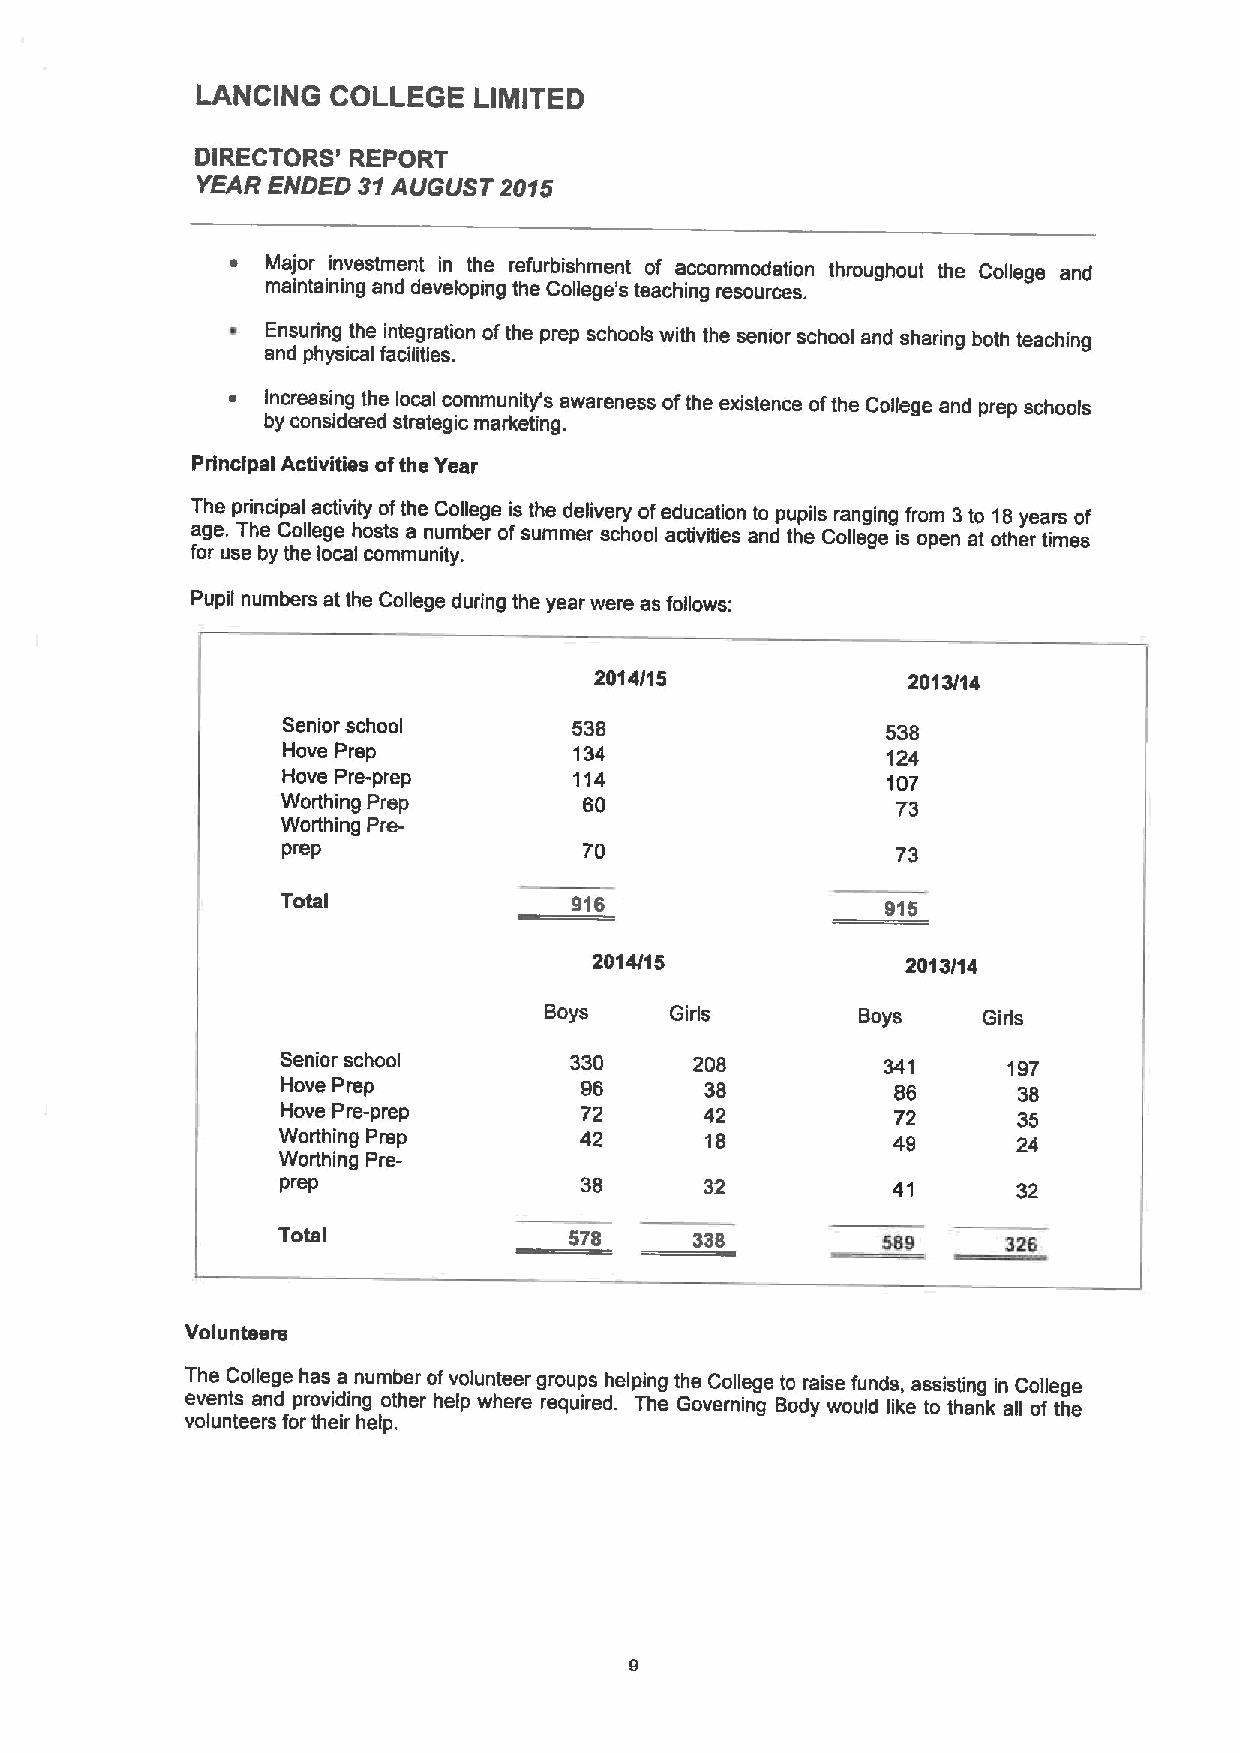
LANCING  COLLEGE  LIIIITED
 DIRECTORS' REPORT
 YEAR ENDED 31AUGUST 2015
 ~  Major investment in the refurbishment of accommodation throughout the College and
 maintaining and developing the College's teaching resources.
 ~  Ensuring the integration ofthe prep schools with the senior school and sharing both teaching
 and physical facilities.
 ~  increasing the local community's awareness ofthe existence ofthe College and prep schools
 by considered strategic marketing.
 Principal Activities ofthe Year
 The principal activity ofthe College is the delivery ofeducation to pupils ranging from 3to 18years of
 age. The College hosts a number ofsummer school activities and the College is open at other times
 for use by the local community.
 Pupil numbers at the College during the year were as follows:
 2914/15              2013/14
 Senior school      538                  538
 Hove Prep          134                  124
 Hove Pre-prep      114                  107
 Worthing Prep       60                  73
 Worthing Pre-
 prep                70                  73
 Total              916                  915
 2014/15              2013/14
 Boys    Girls        Boys    Girls
 Senior school      330     208         341      197
 Hove Prep          96       38          86      38
 Hove Pre-prep      72       42          72      35
 Worthing Prep       42       18          49      24
 Worthing Pre-
 prep               38       32          41      32
 Total               578     338         589      326
 Volunteers
 The College has a number ofvolunteer groups helping the College to raise funds, assisting in College
 events and providing other help where required. The Governing Body would like to thank all ofthe
 volunteers fortheir help.